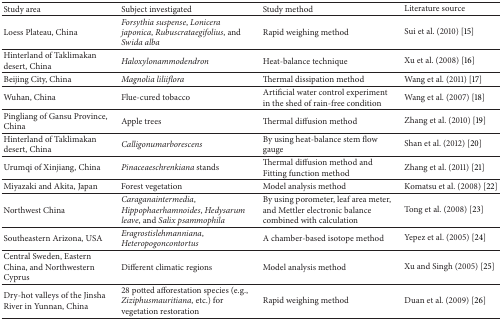
<table><thead><tr><td><b>Study area</b></td><td><b>Subject investigated</b></td><td><b>Study method</b></td><td><b>Literature source</b></td></tr></thead><tbody><tr><td>Loess Plateau, China</td><td><i>Forsythia suspense</i>, <i>Lonicera japonica</i>, <i>Rubuscrataegifolius</i>, and <i>Swida alba </i></td><td>Rapid weighing method</td><td>Sui et al. (2010) [15]</td></tr><tr><td>Hinterland of Taklimakan desert, China</td><td><i>Haloxylonammodendron </i></td><td>Heat-balance technique</td><td>Xu et al. (2008) [16]</td></tr><tr><td>Beijing City, China</td><td><i>Magnolia liliiflora </i></td><td>Thermal dissipation method</td><td>Wang et al. (2011) [17]</td></tr><tr><td>Wuhan, China</td><td>Flue-cured tobacco</td><td>Artificial water control experiment in the shed of rain-free condition</td><td>Wang et al. (2007) [18]</td></tr><tr><td>Pingliang of Gansu Province, China</td><td>Apple trees</td><td>Thermal diffusion method</td><td>Zhang et al. (2010) [19]</td></tr><tr><td>Hinterland of Taklimakan desert, China</td><td><i>Calligonumarborescens </i></td><td>By using heat-balance stem flow gauge</td><td>Shan et al. (2012) [20]</td></tr><tr><td>Urumqi of Xinjiang, China</td><td><i>Pinaceaeschrenkiana</i> stands</td><td>Thermal diffusion method and Fitting function method</td><td>Zhang et al. (2011) [21]</td></tr><tr><td>Miyazaki and Akita, Japan</td><td>Forest vegetation</td><td>Model analysis method</td><td>Komatsu et al. (2008) [22]</td></tr><tr><td>Northwest China</td><td><i>Caraganaintermedia</i>, <i>Hippophaerhamnoides</i>, <i>Hedysarum leave</i>, and <i>Salix psammophila </i></td><td>By using porometer, leaf area meter, and Mettler electronic balance combined with calculation</td><td>Tong et al. (2008) [23]</td></tr><tr><td>Southeastern Arizona, USA</td><td><i>Eragrostislehmanniana</i>, <i>Heteropogoncontortus </i></td><td>A chamber-based isotope method</td><td>Yepez et al. (2005) [24]</td></tr><tr><td>Central Sweden, Eastern China, and Northwestern Cyprus</td><td>Different climatic regions</td><td>Model analysis method</td><td>Xu and Singh (2005) [25]</td></tr><tr><td>Dry-hot valleys of the Jinsha River in Yunnan, China</td><td>28 potted afforestation species (e.g., <i>Ziziphusmauritiana</i>, etc.) for vegetation restoration</td><td>Rapid weighing method</td><td>Duan et al. (2009) [26]</td></tr></tbody></table>